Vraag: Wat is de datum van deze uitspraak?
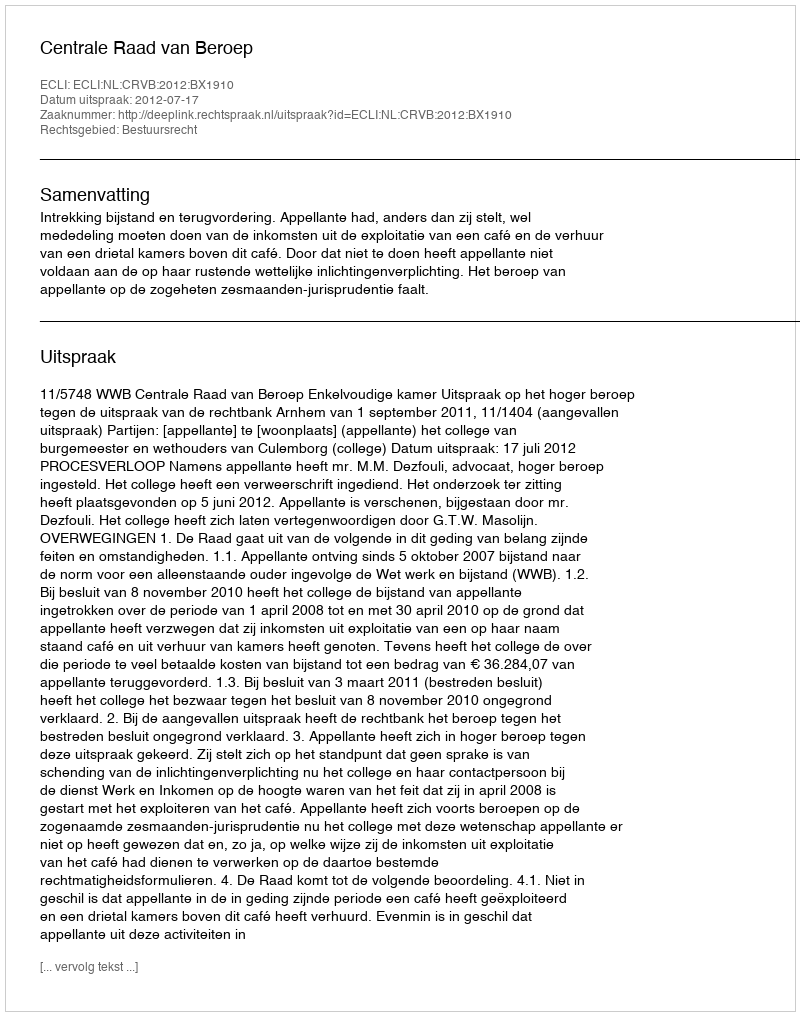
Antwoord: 2012-07-17